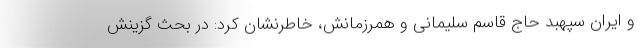
و ایران سپهبد حاج قاسم سلیمانی و همرزمانش، خاطرنشان کرد: در بحث گزینش